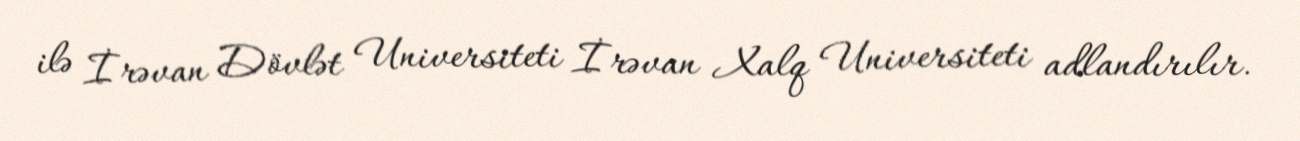
ilə İrəvan Dövlət Universiteti İrəvan Xalq Universiteti adlandırılır.